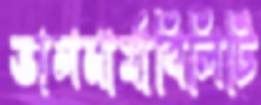
ভালনার্যাবিলিটি